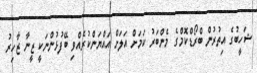
ޝަހީބުގެ އިތުރުން ބްރޯޑްކޮމްގެ މެންބަރު ކަމަށް އަލަށް އައްޔަންކުރެއްވި ބޭފުޅުންނަކީ ޒީނާ ޒާހިރު